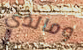
ومالذي